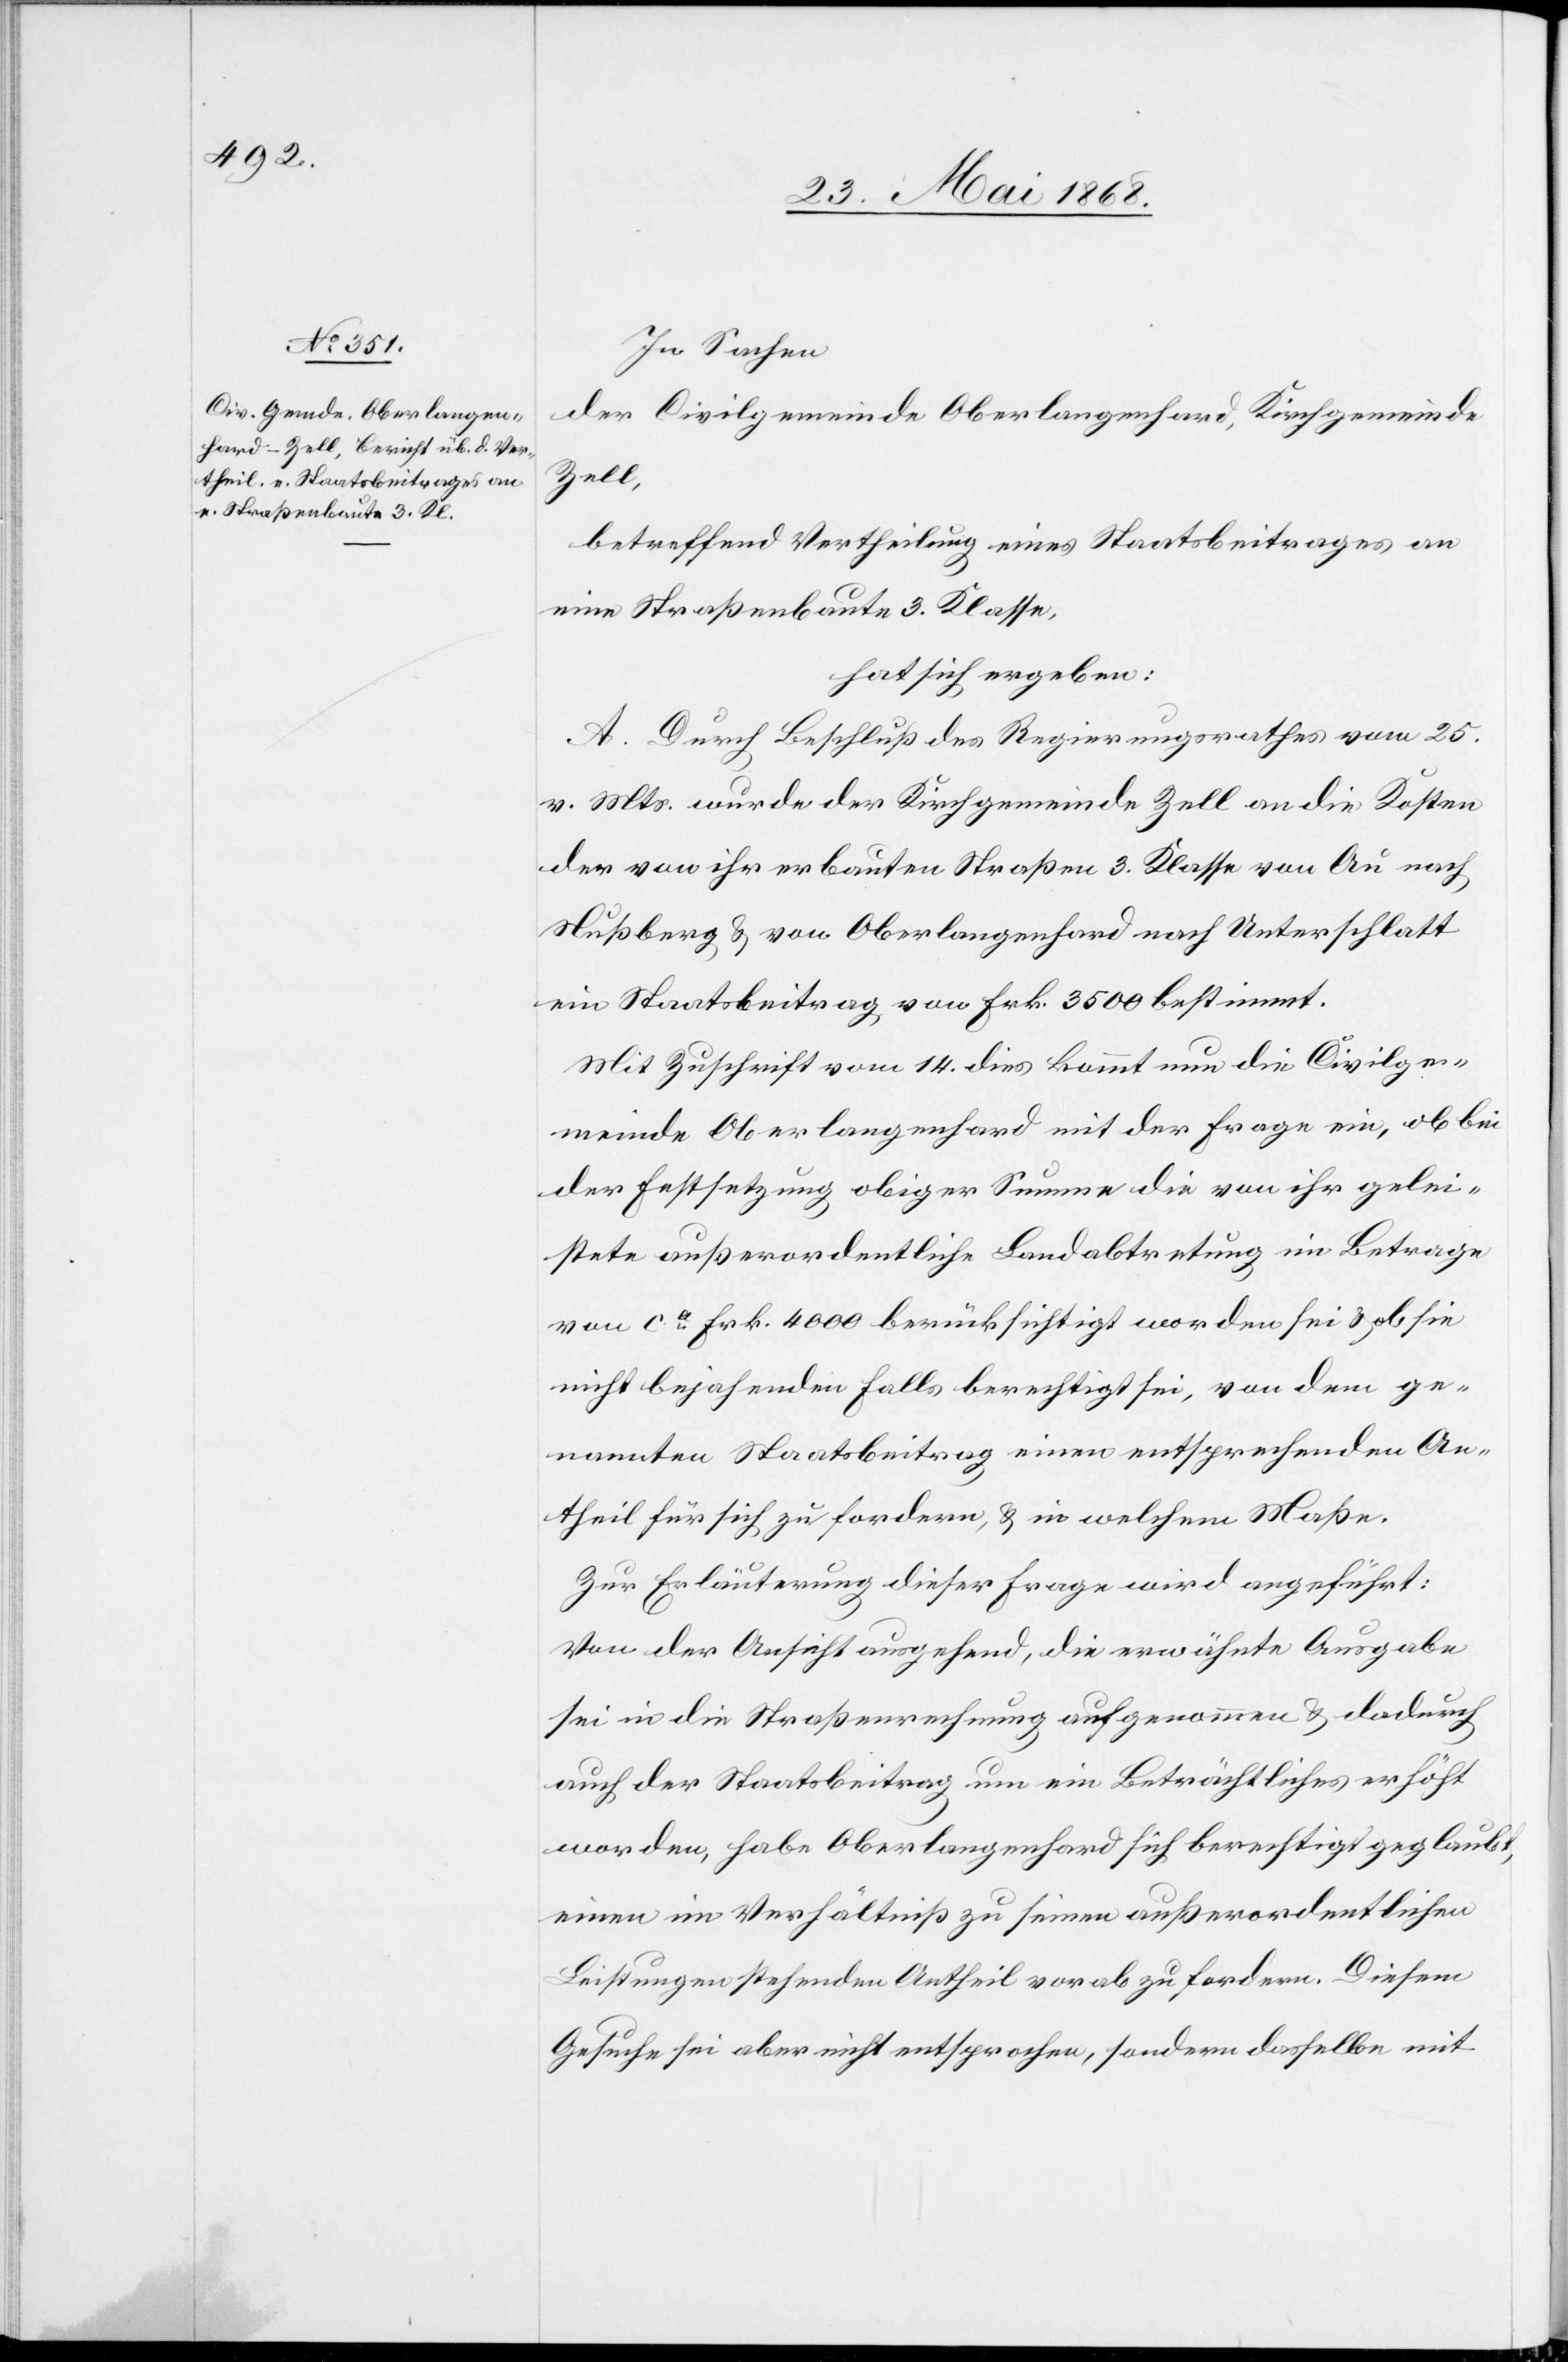
In Sachen
der Civilgemeinde Oberlangenhard, Kirchgemeinde
Zell,
betreffend Vertheilung eines Staatsbeitrages an
eine Straßenbaute 3. Klasse,
hat sich ergeben:
A. Durch Beschluß des Regierungsrathes vom 25.
v. Mts. wurde der Kirchgemeinde Zell an die Kosten
der von ihr erbauten Straßen 3. Klasse von Au nach
Nußberg & von Oberlangenhard nach Unterschlatt
ein Staatsbeitrag von Frk. 3500 bestimmt.
Mit Zuschrift vom 14. dies kommt nun die Civilge¬
meinde Oberlangenhard mit der Frage ein, ob bei
der Festsetzung obiger Summe die von ihr gelei¬
stete außerordentliche Landabtretung im Betrage
von ca. Frk. 4000 berücksichtigt worden sei & ob sie
nicht bejahenden Falls berechtigt sei, von dem ge¬
nannten Staatsbeitrag einen entsprechenden An¬
theil für sich zu fordern, & in welchem Maße.
Zur Erläuterung dieser Frage wird angeführt:
Von der Ansicht ausgehend, die erwähnte Ausgabe
sei in die Straßenrechnung aufgenommen & dadurch
auch der Staatsbeitrag um ein Beträchtliches erhöht
worden, habe Oberlangenhard sich berechtigt geglaubt,
einen im Verhältniß zu seinen außerordentlichen
Leistungen stehenden Antheil vorab zu fordern. Diesem
Gesuche sei aber nicht entsprochen, sondern dasselbe mit